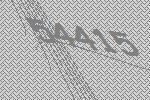
54415